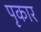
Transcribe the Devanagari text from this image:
पृकार